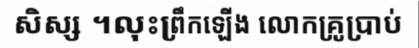
សិស្ស ។លុះព្រឹកឡើង លោកគ្រូប្រាប់